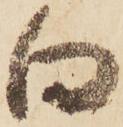
向